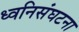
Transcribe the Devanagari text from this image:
ध्वनिसंघटना